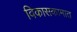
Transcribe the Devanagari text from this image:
विकासकामात